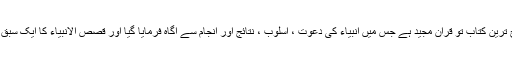
سیرت کی لازوال اورصحیح ترین کتاب تو قرآن مجید ہے جس میں انبیاء کی دعوت ، اسلوب ، نتائج اور انجام سے آگاہ فرمایا گیا اور قصص الانبیاء کا ایک سبق آموز سلسلہ بیان کیا گیا ہے۔